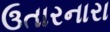
ઉતારનારા